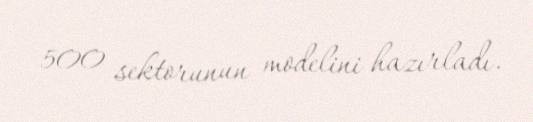
500 sektorunun modelini hazırladı.